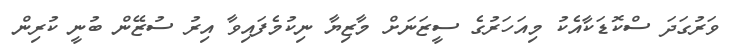
ވަރުގަދަ ސްކޮޑަކާއެކު މިއަހަރުގެ ސީޒަނަށް މާޒިޔާ ނިކުމެފައިވާ އިރު ސުޒޭން ބުނީ ކުރިން